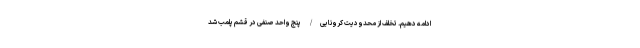
ادامه دهیم. تخلف از محدودیت‌ کرونایی/ پنج واحد صنفی در قشم پلمب شد